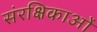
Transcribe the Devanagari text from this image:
संरक्षिकाओं